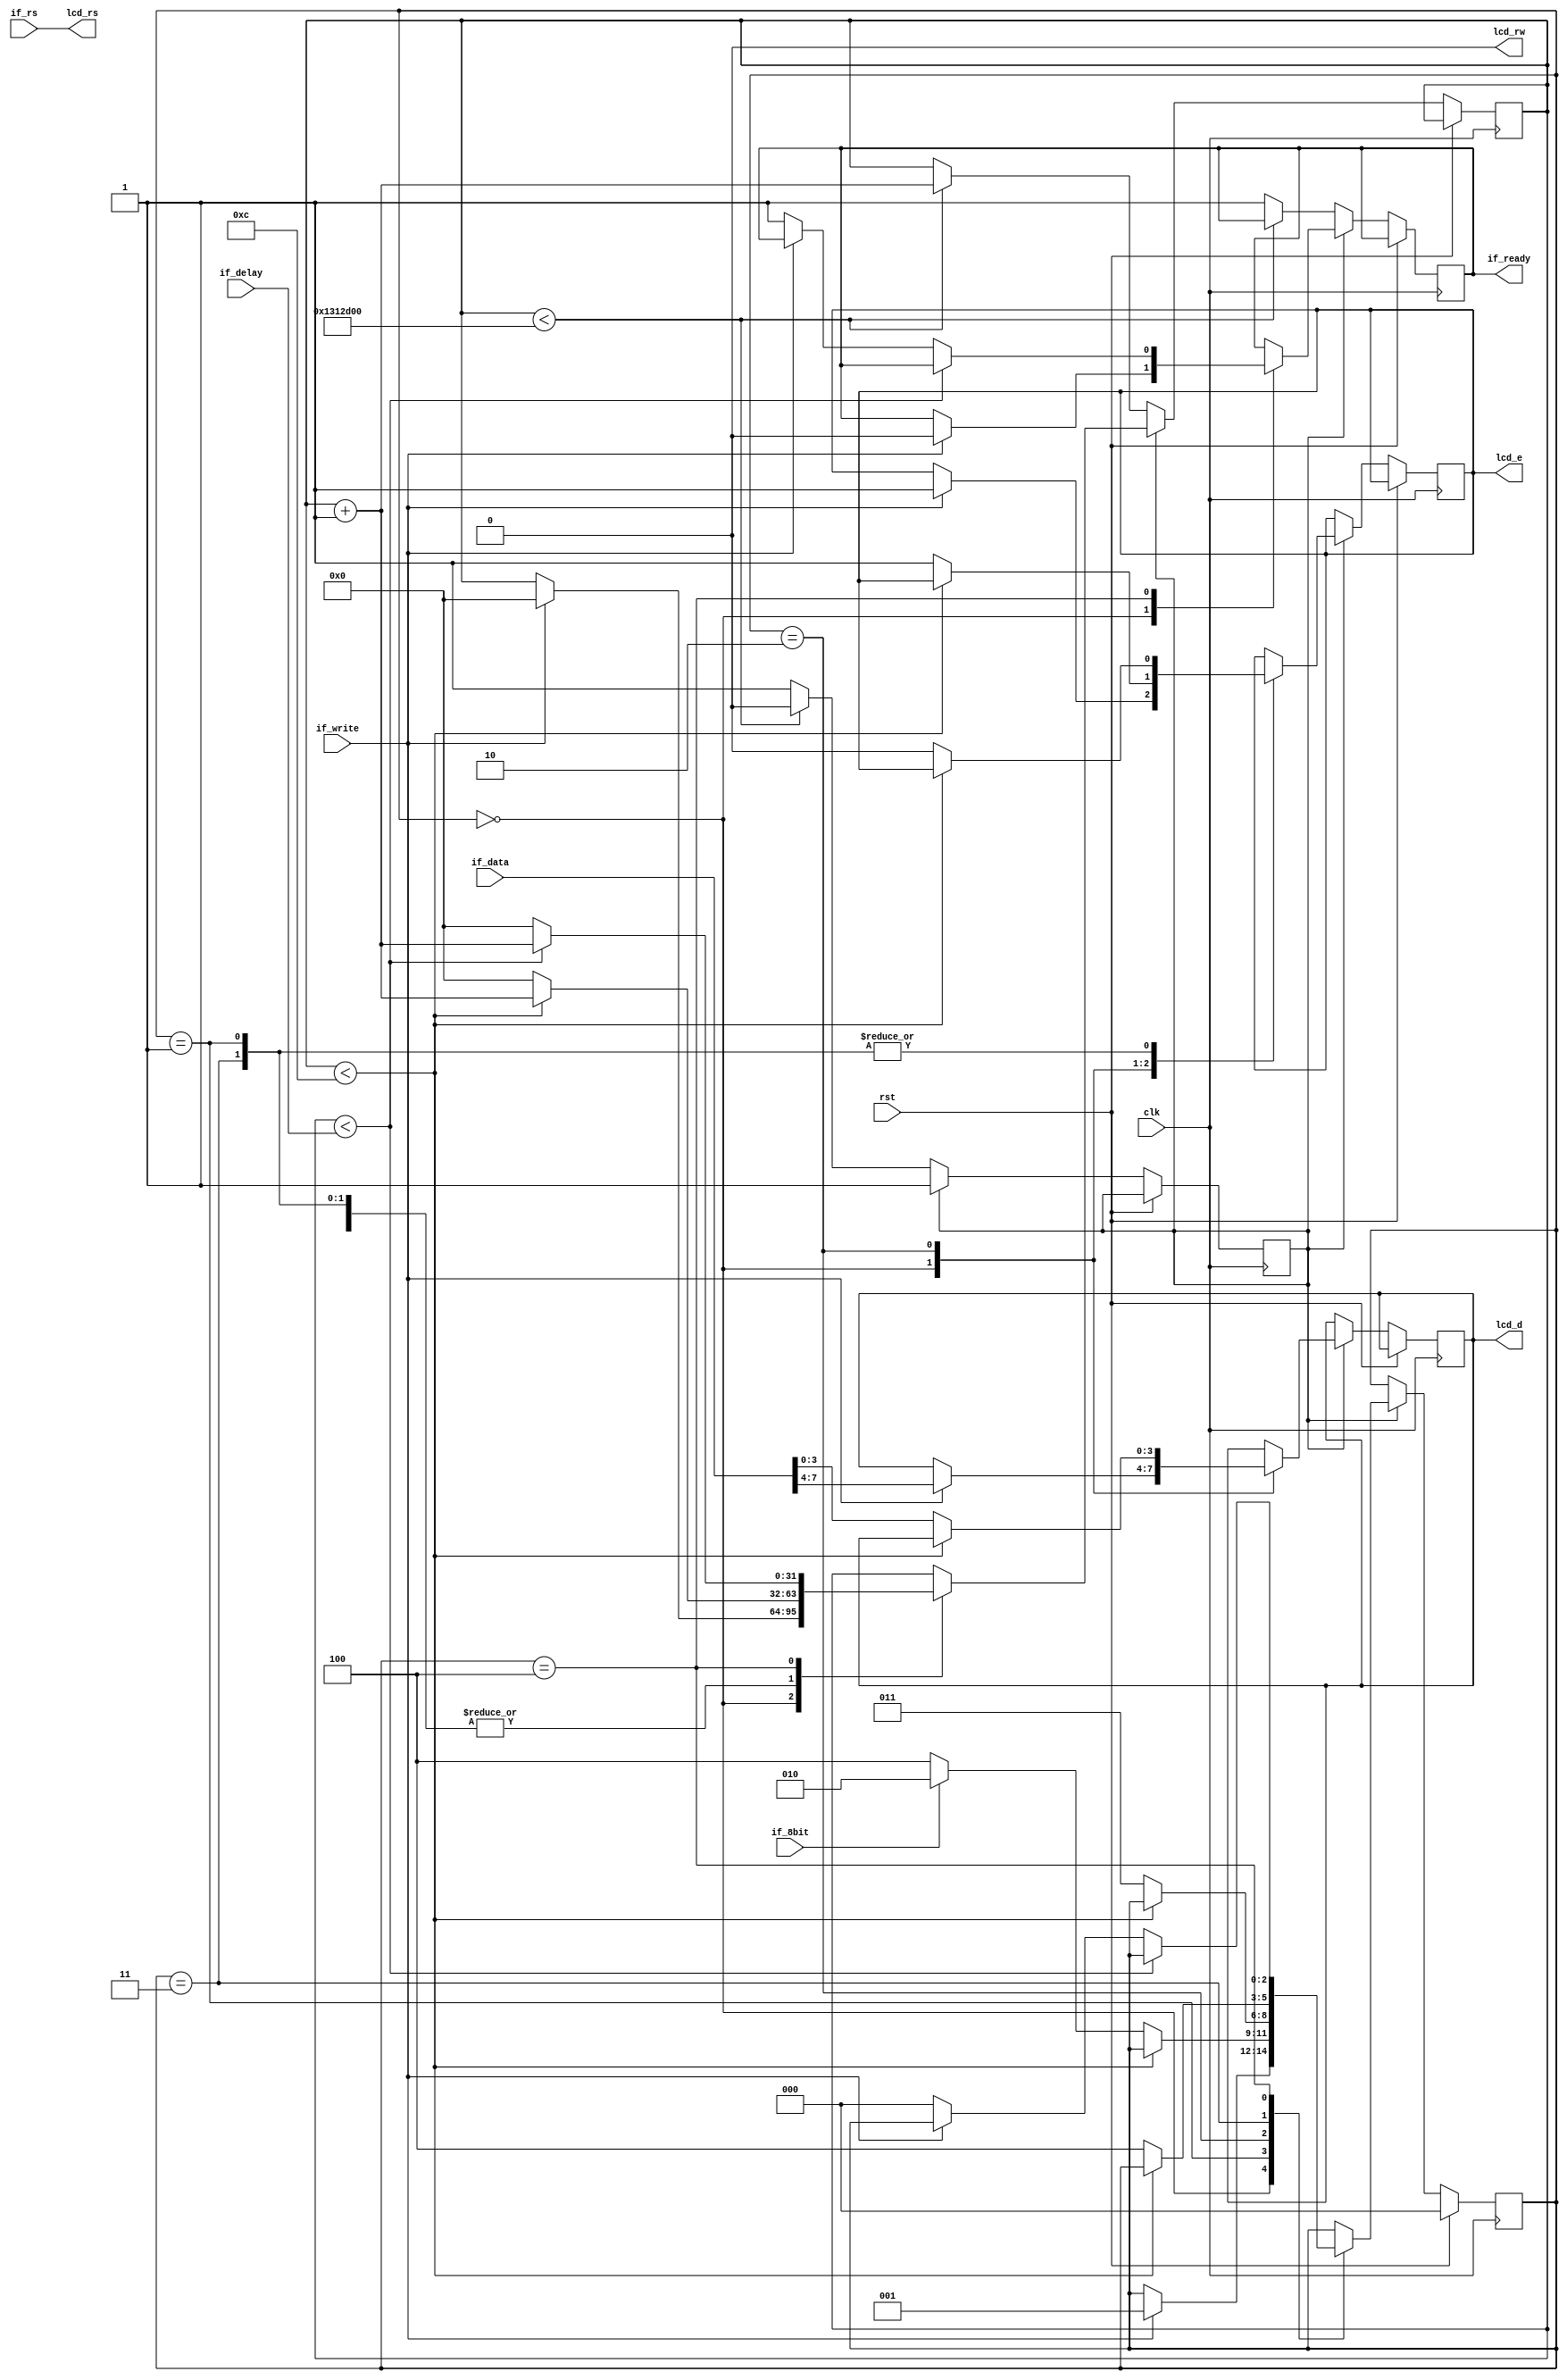
module lcd_display
(input clk,
input rst,
output lcd_e,
output lcd_rw,
output lcd_rs,
output [3:0] lcd_d,
input [7:0] if_data,
input if_rs,
input [31:0] if_delay,
input if_write,
output if_ready,
input if_8bit);
reg [2:0] state;
reg lcdr_e;
reg [3:0] lcdr_d;
reg [31:0] wait_cntr;
reg ready;
reg init_done;
parameter IDLE = 3'b000,
WAIT_PULSE_E_0 = 3'b001,
LOAD_LOWER_NIBBLE = 3'b010,
WAIT_PULSE_E_1 = 3'b011,
WAIT_COMMAND = 3'b100;
parameter PULSE_E_DLY = 32'd12;
parameter INIT_TIME = 32'd20000000;
assign lcd_d = lcdr_d;
assign lcd_rs = if_rs;
assign lcd_rw = 1'b0;
assign lcd_e = lcdr_e;
assign if_ready = ready;
initial begin
state <= IDLE;
ready <= 1'b0;
lcdr_e <= 1'b0;
init_done <= 1'b0;
end
always@ (posedge clk) begin
if (rst) begin
state <= IDLE;
end else if (!init_done) begin
if (wait_cntr < INIT_TIME)
wait_cntr <= wait_cntr + 1;
else begin
init_done <= 1'b1;
ready <= 1'b1;
end
end else begin
case (state)
IDLE:
begin
if (if_write) begin
lcdr_e <= 1'b1;
lcdr_d <= if_data[7:4]; // upper nibble first
ready <= 1'b0;
wait_cntr <= 32'b0;
state <= WAIT_PULSE_E_0;
end
end
WAIT_PULSE_E_0:
if (wait_cntr < PULSE_E_DLY) begin
wait_cntr <= wait_cntr + 1;
end else begin
lcdr_e <= 1'b0;
wait_cntr <= 0;
if (if_8bit)
state <= LOAD_LOWER_NIBBLE;
else
state <= WAIT_COMMAND;
end
LOAD_LOWER_NIBBLE:
if (wait_cntr < PULSE_E_DLY) begin
wait_cntr <= wait_cntr + 1;
end else begin
wait_cntr <= 0;
lcdr_e <= 1'b1;
lcdr_d <= if_data[3:0]; // lower nibble
state <= WAIT_PULSE_E_1;
end
WAIT_PULSE_E_1:
if (wait_cntr < PULSE_E_DLY) begin
wait_cntr <= wait_cntr + 1;
end else begin
lcdr_e <= 1'b0;
wait_cntr <= 0;
state <= WAIT_COMMAND;
end
WAIT_COMMAND:
if (wait_cntr < if_delay) begin
wait_cntr <= wait_cntr + 32'b1;
end else begin
wait_cntr <= 0;
if (!if_write) begin
state <= IDLE;
ready <= 1'b1;
end
end
endcase // case (state)
end
end
endmodule